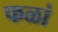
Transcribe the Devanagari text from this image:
फळां